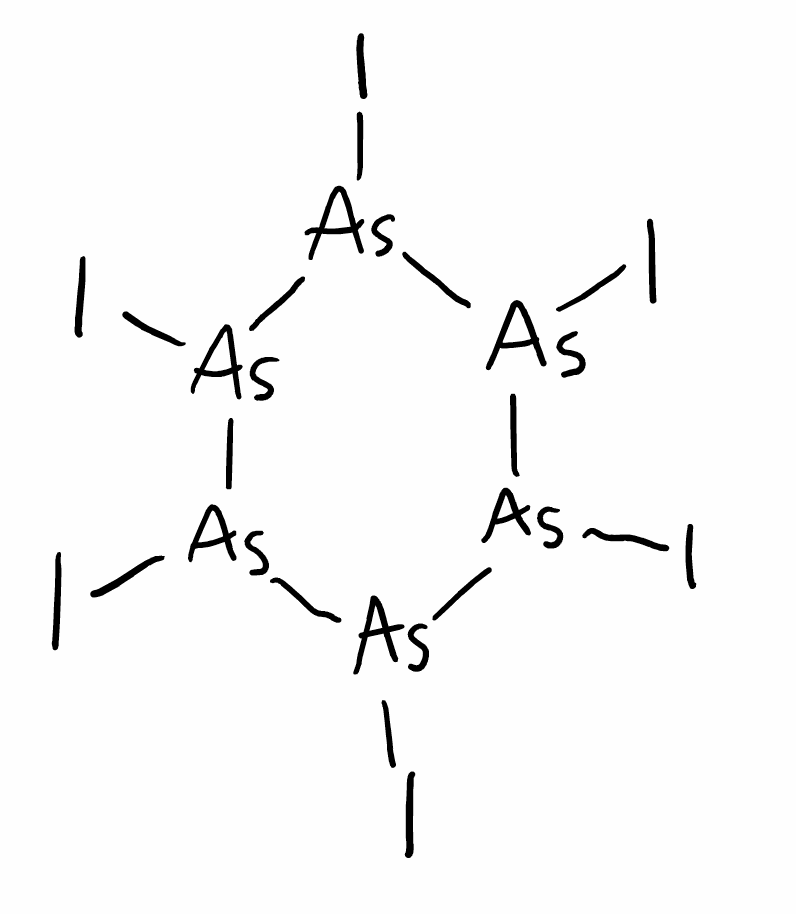
Simplified molecular-input line-entry system (SMILES) notation of the given molecule:
[As]1([As]([As]([As]([As]([As]1I)I)I)I)I)I